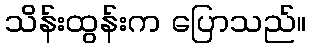
သိန်းထွန်းက ပြောသည်။